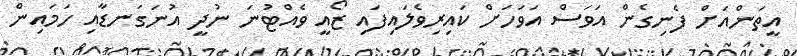
އީތަންއަށް ފެނިގެން އަވަސް އަވަހަށް ކައިރިވެލައިފައި ޒޯއީ ވެއްޓުނަ ނުދީ އުނަގަނޑާއި ހަމައިން